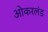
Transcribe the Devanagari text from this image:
ओकरलंड